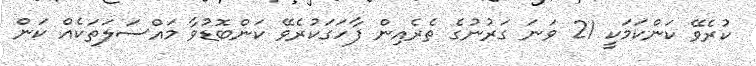
ކުރެވޭ ކަންކަމަކީ 21 ވަނަ ގަރުނުގެ ތެރެއިން ފާހަގަކުރެވޭ ކަންބޮޑުވާ މައްސަލަތަކެއް ކަން